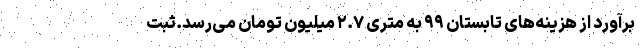
برآورد از هزینه‌های تابستان ۹۹ به متری ۲.۷ میلیون تومان می‌رسد.ثبت